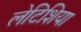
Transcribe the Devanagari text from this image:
लेटिशिया